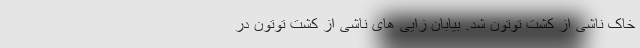
خاک ناشی از کشت توتون شد. بیابان‌ زایی‌ های ناشی از کشت توتون در